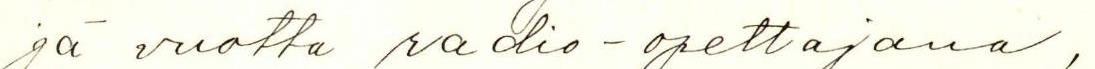
jä vuotta radio-opettajana,